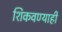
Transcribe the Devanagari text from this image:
शिकवण्याही